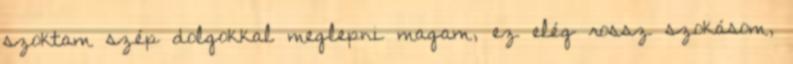
szoktam szép dolgokkal meglepni magam, ez elég rossz szokásom,